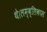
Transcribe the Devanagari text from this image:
थे।लम्ब्लिकास